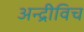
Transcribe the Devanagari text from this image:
अन्द्रीविच